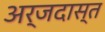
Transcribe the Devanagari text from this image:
अर्जदास्‍त